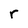
Character: r